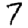
Digit: 7